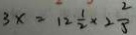
3 x = 1 2 \frac { 1 } { 2 } \times 2 \frac { 2 } { 5 }